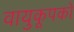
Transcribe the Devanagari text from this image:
वायुकूपकों